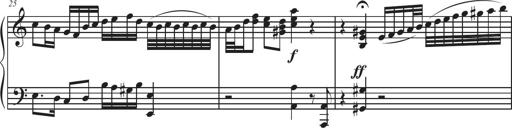
Title: Sonatina Espania
Composer: Jerald Franklin Archer
Key: Various